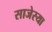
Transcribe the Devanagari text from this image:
साजेस्या